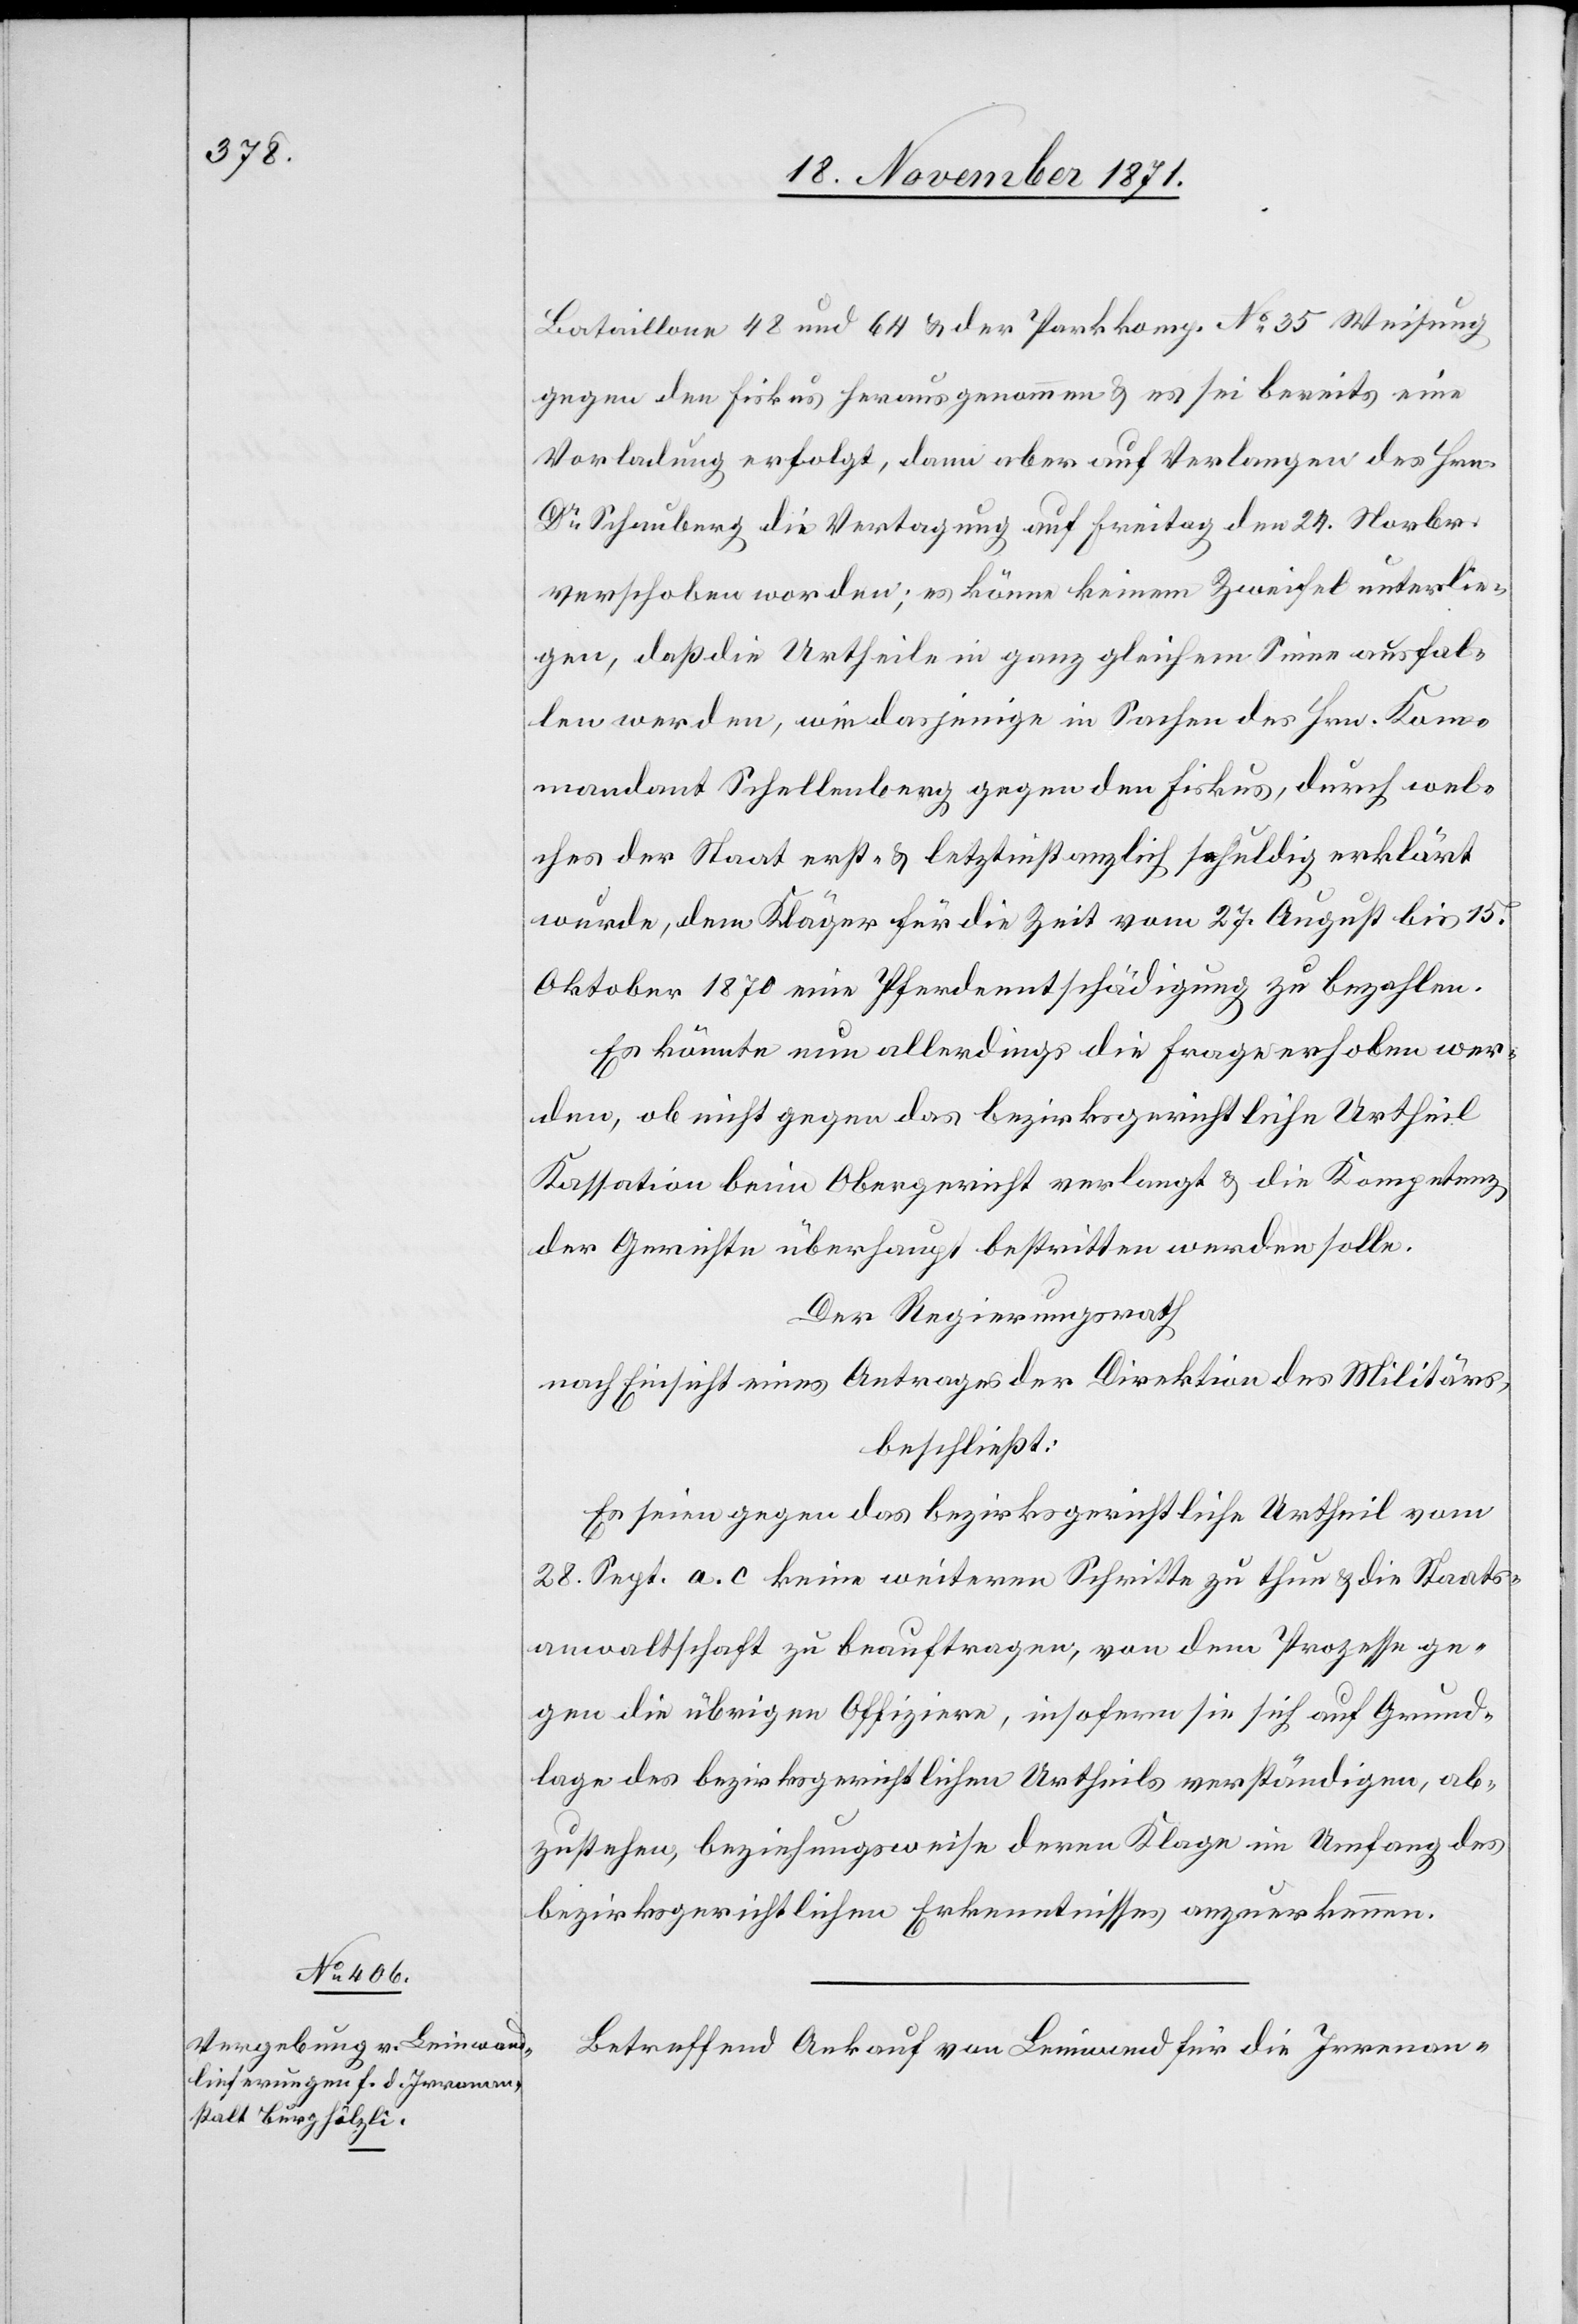
Bataillone 48 und 64 & der Parkkomp. No 35 Weisung
gegen den Fiskus herausgenommen & es sei bereits eine
Vorladung erfolgt, dann aber auf Verlangen des Hrn.
Dr Schauberg die Vertagung auf Freitag den 24. November
verschoben worden; es könne keinem Zweifel unterlie¬
gen, daß die Urtheile in ganz gleichem Sinn ausfal¬
len werden, wie dasjenige in Sachen des Hrn. Kom¬
mandant Schellenberg gegen den Fiskus, durch wel¬
ches der Staat erst- & letztinstanzlich schuldig erklärt
wurde, dem Kläger für die Zeit vom 27. August bis 15.
Oktober 1870 eine Pferdeentschädigung zu bezahlen.
Es könnte nun allerdings die Frage erhoben wer¬
den, ob nicht gegen das bezirksgerichtliche Urtheil
Kassation beim Obergericht verlangt & die Kompetenz
der Gerichte überhaupt bestritten werden solle.
Der Regierungsrath
nach Einsicht eines Antrages der Direktion des Militärs,
beschließt:
Es seien gegen das bezirksgerichtliche Urtheil vom
28. Sept. a. c. keine weiteren Schritte zu thun & die Staats¬
anwaltschaft zu beauftragen, von dem Prozesse ge¬
gen die übrigen Offiziere, insofern sie sich auf Grund¬
lage des bezirksgerichtlichen Urtheils verständigen, ab¬
zusehen, beziehungsweise deren Klage im Umfang des
bezirksgerichtlichen Erkenntnisses anzuerkennen.
Betreffend Ankauf von Leinwand für die Irrenan-